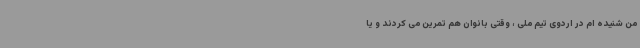
من شنیده ام در اردوی تیم ملی ، وقتی بانوان هم تمرین می کردند و یا